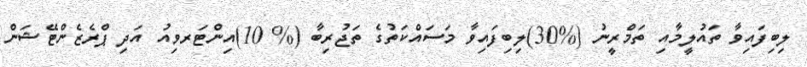
ލިބިފައިވާ ތައުލީމާއި ތަމްރީނު (%30)ލިބިފައިވާ މަސައްކަތުގެ ތަޖުރިބާ (% 10)އިންޓަރވިއު އަދި ޕްރެޒެންޓޭޝަން